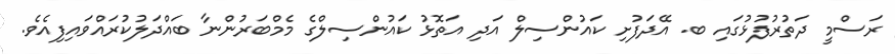
ރަސްމީ ދަތުރުފުޅުގައި ބ. އޭދަފުށި ކައުންސިލް އަދި އަތޮޅު ކައުންސިލްގެ މެމްބަރުންނާ ބައްދަލުކުރައްވައިފިއެވެ.